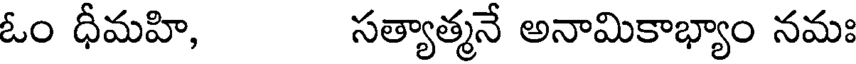
ఓం ధీమహి, సత్యాత్మనే అనామికాభ్యాం నమః